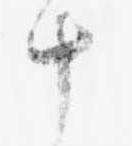
十